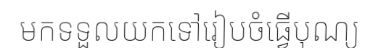
មកទទួលយកទៅរៀបចំធ្វើបុណ្យ